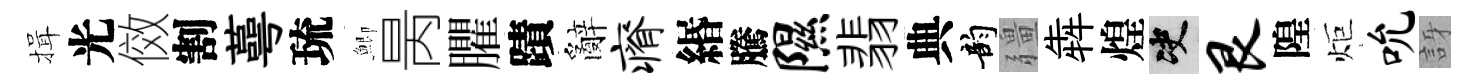
揖光傚割蕚琉鯽昺臞蹟辭瘠緡騰隰翡典韵疆犇煌决艮隍炬吮訝